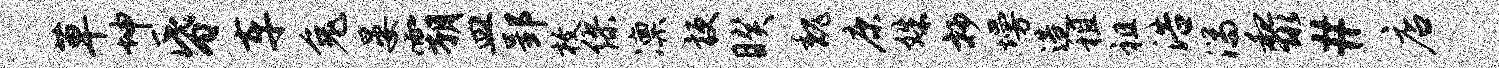
草坤昏车兔晏霸皿郢枚缪凛梗睽魏康姝抄墁造租祖浩湍黎#店